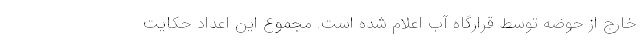
خارج از حوضه توسط قرارگاه آب اعلام شده است. مجموع این اعداد حکایت